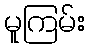
မူကြမ်း